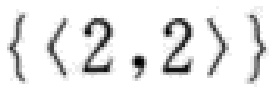
\(\{\langle 2,2\rangle\}\)